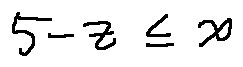
5 - z \leq x